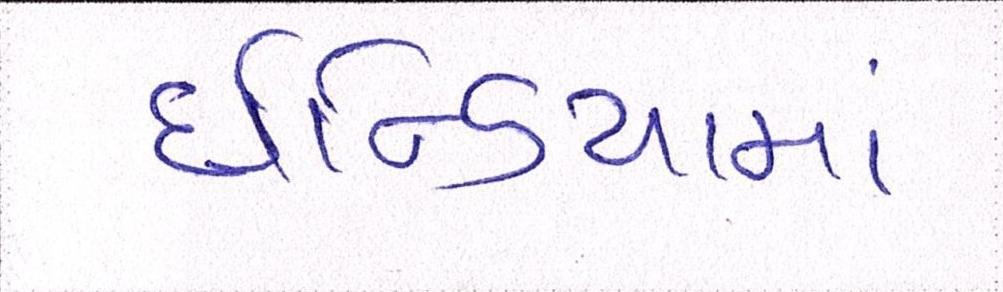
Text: ઇન્ડિયામાં